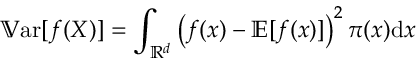
\mathbb { V } \mathrm { a r } [ { f ( X ) } ] = \int _ { \mathbb { R } ^ { d } } \left( f ( x ) - \mathbb { E } [ f ( x ) ] \right) ^ { 2 } \pi ( x ) \mathrm { d } x